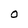
Character: O